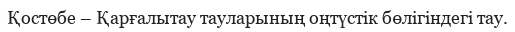
Қостөбе – Қарғалытау тауларының оңтүстік бөлігіндегі тау.